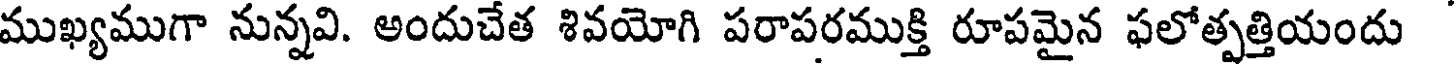
ముఖ్యముగా నున్నవి. అందుచేత శివయోగి పరాపరముక్తి రూపమైన ఫలోత్పత్తియందు